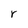
Character: r